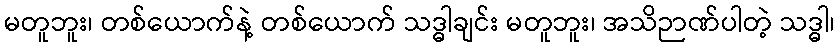
မတူဘူး၊ တစ်ယောက်နဲ့ တစ်ယောက် သဒ္ဓါချင်း မတူဘူး၊ အသိဉာဏ်ပါတဲ့ သဒ္ဓါ၊